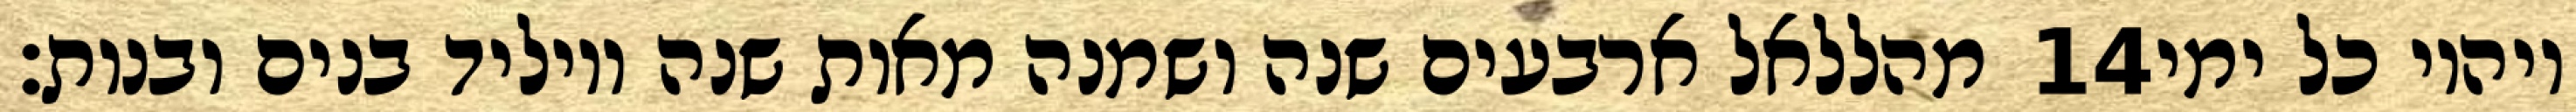
מהללאל ארבעים שנה ושמנה מאות שנה ויוליד בנים ובנות׃ ‎14‏ ויהיו כל ימי